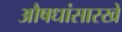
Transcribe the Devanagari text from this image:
औषधांसारखे